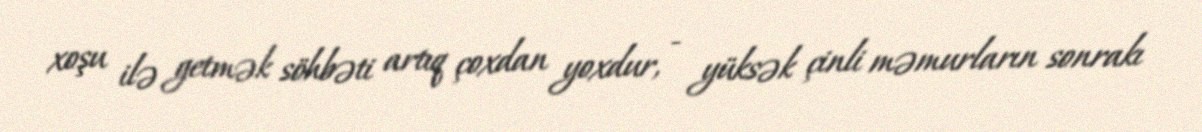
xoşu ilə getmək söhbəti artıq çoxdan yoxdur, - yüksək çinli məmurların sonrakı